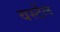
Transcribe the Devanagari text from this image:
वर्स्टेल